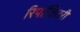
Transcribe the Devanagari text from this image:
रिपॉज़िटरी